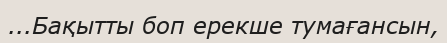
...Бақытты боп ерекше тумағансын,